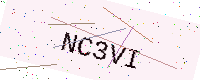
Text: NC3VI